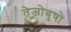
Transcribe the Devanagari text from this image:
तेजोवृषो